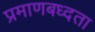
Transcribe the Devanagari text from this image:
प्रमाणबध्दता